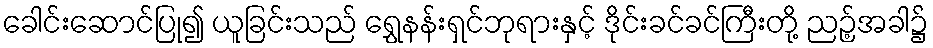
ခေါင်းဆောင်ပြု၍ ယူခြင်းသည် ရွှေနန်းရှင်ဘုရားနှင့် ဒိုင်းခင်ခင်ကြီးတို့ ညဉ့်အခါ၌